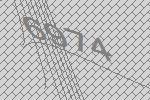
6974